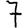
Digit: 7